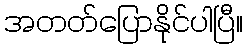
အတတ်ပြောနိုင်ပါပြီ။